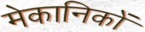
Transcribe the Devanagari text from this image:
मेकानिकों